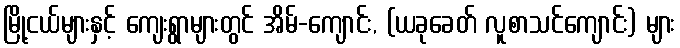
မြို့ငယ်များနှင့် ကျေးရွာများတွင် အိမ်-ကျောင်း, (ယခုခေတ် လူစာသင်ကျောင်း) များ